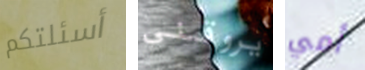
أسئلتكم يروقني أمي